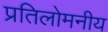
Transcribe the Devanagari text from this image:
प्रतिलोमनीय